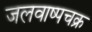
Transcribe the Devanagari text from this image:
जलवाष्पचक्र